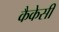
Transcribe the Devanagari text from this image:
कैकेसी